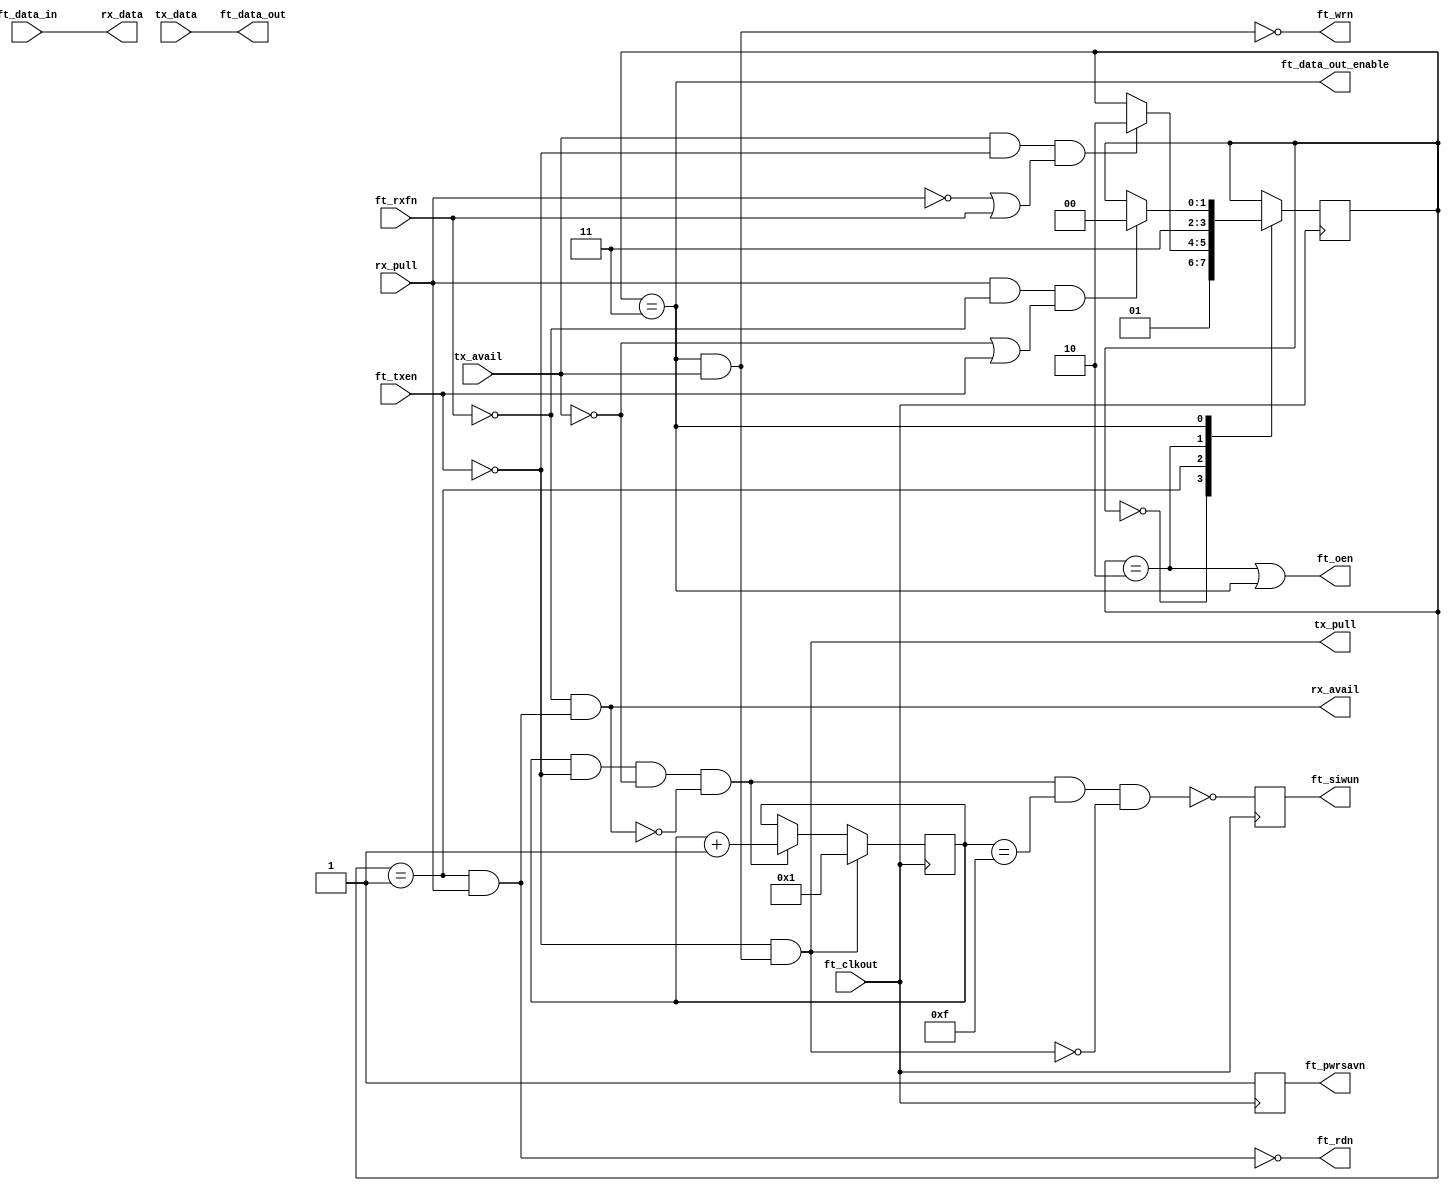
// Support for "ft235 synchronous" protocol on ft232h chips
//
// Copyright (C) 2023  Kevin O'Connor <kevin@koconnor.net>
//
// This file may be distributed under the terms of the GNU GPLv3 license.

module sync245(
    input ft_clkout, output ft_oen,
    output ft_pwrsavn, output ft_siwun,
    input ft_rxfn, output ft_rdn, input [7:0] ft_data_in,
    input ft_txen, output ft_wrn, output [7:0] ft_data_out,
    output ft_data_out_enable,

    output [7:0] rx_data, output rx_avail, input rx_pull,
    input [7:0] tx_data, input tx_avail, output tx_pull
    );

    // State tracking for input/output switching
    localparam S_TRANSIT_READ=0, S_READ=1, S_TRANSIT_WRITE=2, S_WRITE=3;
    reg [1:0] state;
    always @(posedge ft_clkout) begin
        case (state)
        S_TRANSIT_READ: begin
            state <= S_READ;
        end
        S_READ: begin
            if (tx_avail && !ft_txen && (!rx_pull || ft_rxfn))
                state <= S_TRANSIT_WRITE;
        end
        S_TRANSIT_WRITE: begin
            state <= S_WRITE;
        end
        S_WRITE: begin
            if (rx_pull && !ft_rxfn && (!tx_avail || ft_txen))
                state <= S_TRANSIT_READ;
        end
        endcase
    end

    // Signal assignment
    assign ft_oen = state==S_TRANSIT_WRITE || state==S_WRITE;
    assign ft_data_out_enable = state==S_WRITE;

    assign rx_data = ft_data_in;
    assign ft_rdn = !(state==S_READ && rx_pull);
    assign rx_avail = !ft_rxfn && !ft_rdn;

    assign ft_data_out = tx_data;
    assign ft_wrn = !(state==S_WRITE && tx_avail);
    assign tx_pull = !ft_txen && !ft_wrn;

    // Transmit flush indicator
    reg [3:0] flush_timer = 0;
    wire could_flush = flush_timer && !ft_txen && !tx_avail && !rx_avail;
    always @(posedge ft_clkout) begin
        if (tx_pull)
            flush_timer <= 1;
        else if (could_flush)
            flush_timer <= flush_timer + 1'b1;
    end
    reg siwun = 1;
    always @(posedge ft_clkout)
        siwun <= !(could_flush && flush_timer == 15 && !tx_pull);
    assign ft_siwun = siwun;

    // Power enable
    reg pwr_en = 0;
    always @(posedge ft_clkout)
        pwr_en <= 1;
    assign ft_pwrsavn = pwr_en;

endmodule